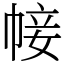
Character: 帹